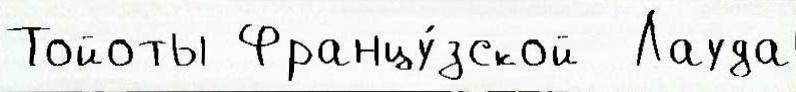
Тойоты Францу́зской  Лауда